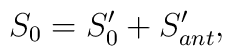
S_0=S_0^{\prime }+S_{ant}^{\prime },